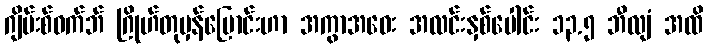
ဂျိမ်းစ်ဝက်ဘ် ဂြိုဟ်တုမှန်ပြောင်းဟာ အကွာအဝေး အလင်းနှစ်ပေါင်း ၁၃.၅ ဘီလျံ အထိ